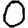
Digit: 0